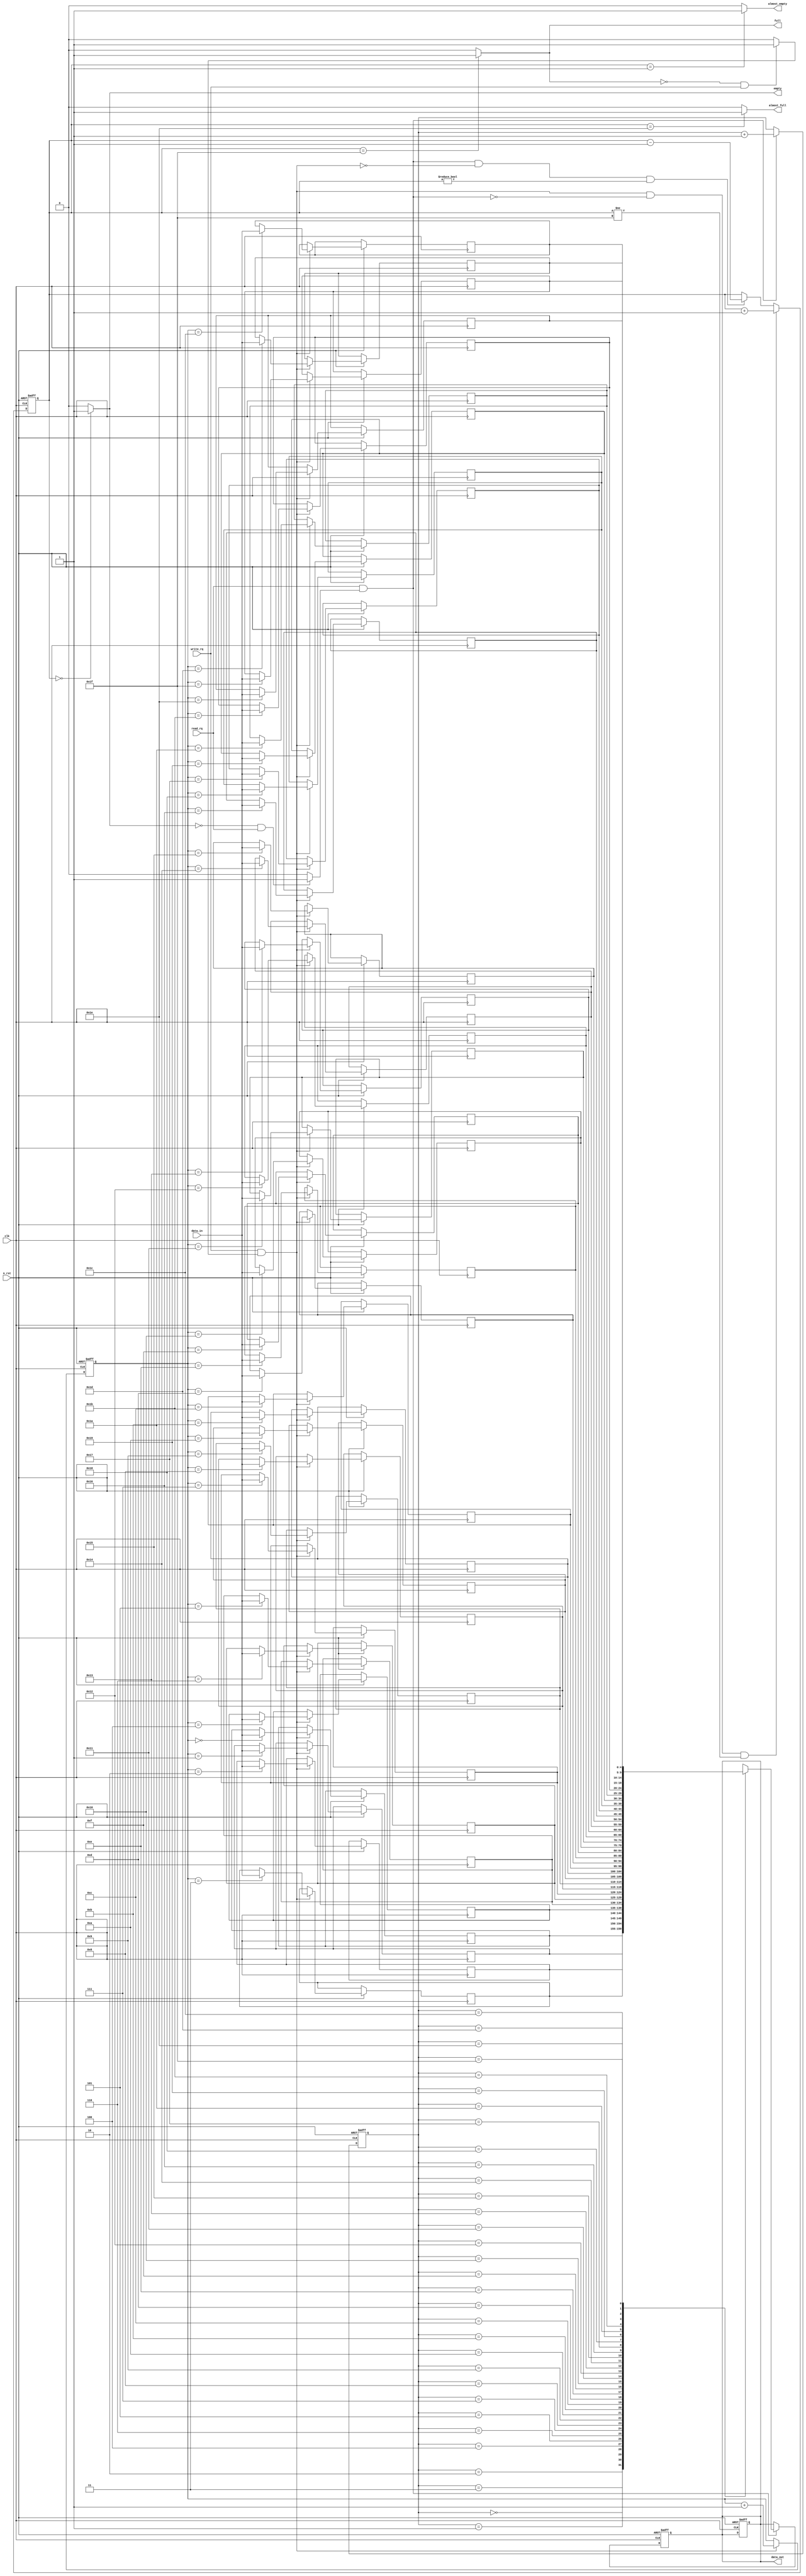
`timescale 1ns / 1ps
//////////////////////////////////////////////////////////////////////////////////
// Company: 
// 
// Design Name: 
// Module Name:    Synchronous_FIFO_Memory 
// Project Name:	 Synchronous First-In First-Out Memory
// Target Devices: 
// Tool versions: 
// Description: 
//
// Dependencies: 
//
// Revision: 
// Revision 0.01 - File Created
// Additional Comments: Synchronous read/write with asynchronous active-low falling edge reset
//
//////////////////////////////////////////////////////////////////////////////////
module Synchronous_FIFO_Memory #(parameter WL=5) (input clk, n_rst, write_rq, read_rq, 
	input [WL-1:0] data_in, 
	output empty, almost_empty, full, almost_full,
	output reg [WL-1:0] data_out
    );

	parameter DEPTH = 2**WL - 1;
	reg [WL-1:0] write_addr, read_addr;
	reg [WL-1:0] MEM_ARRAY[DEPTH:0];
	wire write_enable, read_enable;
	reg [WL-1:0] counter;
	
	//Assigning the different states of the memory block
	assign full = (counter == DEPTH) ? 1 : 0;
	assign almost_full = (counter == (DEPTH-1)) ? 1 : 0;
	assign empty = (counter == 0) ? 1 : 0;
	assign almost_empty = (counter == 1) ? 1 : 0;
	
	//Assigning the memory block read/write enables
	assign write_enable = (~full && write_rq)  ? 1 : 0;
	assign read_enable = (~empty && read_rq) ? 1 : 0;
	
	//Operation to increase the write memory address
	always @(posedge clk or negedge n_rst) begin
		if (~n_rst)
			write_addr <= 0;
		else if (write_rq && write_enable)
			write_addr <= write_addr + 1;
	end 
	
	//Operation to write the current memory address to the MEM_ARRAY (memory block)	
	always @(posedge clk or negedge n_rst) begin
		if (~n_rst)
			data_out <= 0;
		else if (write_enable && write_rq)
			MEM_ARRAY[write_addr] <= data_in;
	end
	
	//Operation to increase the read memory address
	always @(posedge clk or negedge n_rst) begin
		if (~n_rst)
			read_addr <= 0;
		else if (read_rq && read_enable)
			read_addr <= read_addr + 1;
	end
	
	//Operation to read the current read address from MEM_ARRAY (memory block) and send it to output port "data_out"
	always @(posedge clk or negedge n_rst) begin
		if (~n_rst)
			data_out <= 0;
		else if (read_enable && read_rq)
			data_out <= MEM_ARRAY[read_addr];
	end
	
	//Asynchronous operation to increase the counter that will trigger the flags according to the size of the memory block
	always @(posedge clk or negedge n_rst) begin
		if (~n_rst)
			counter <= 0;
		else if ((write_enable && write_rq) &&
					(!(read_enable && read_rq)) &&
					(counter != DEPTH))
			counter <= counter + 1;
		else if ((read_enable && read_rq) &&
					(!(write_enable && write_rq)) &&
					(counter != 0))
			counter <= counter - 1;
	end
endmodule